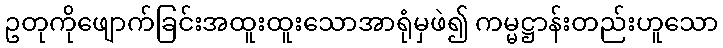
ဥတုကိုဖျောက်ခြင်းအထူးထူးသောအာရုံမှဖဲ၍ ကမ္မဋ္ဌာန်းတည်းဟူသော